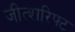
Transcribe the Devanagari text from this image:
जीत्शरिफ्ट